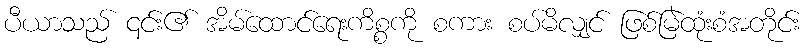
ပီယာသည် ၎င်း၏ အိမ်ထောင်ရေးကိစ္စကို စကား စပ်မိလျှင် ဖြစ်မြဲထုံးစံအတိုင်း